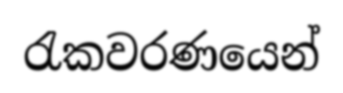
රැකවරණයෙන්